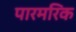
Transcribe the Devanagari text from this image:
पारमरिक